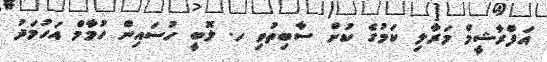
އަފްރާޝީމް މަރާލި ކަމުގެ ކުށް ސާބިތުވި ހ. ލޮބީ ހުސައިން ހުމާމް އަހުމަދު